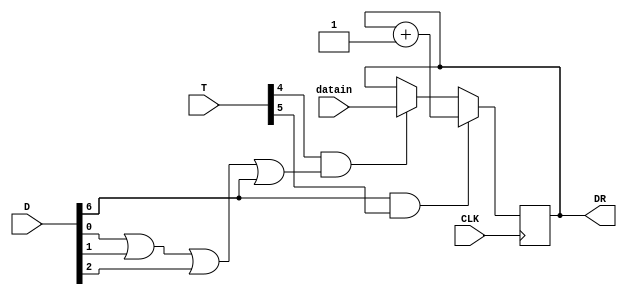
`timescale 1ns / 1ps
//////////////////////////////////////////////////////////////////////////////////
// Company: 
// Engineer: 
// 
// Design Name: 
// Module Name: Data_Regester
// Project Name: 
// Target Devices: 
// Tool Versions: 
// Description: 
// 
// Dependencies: 
// 
// Revision:
// Revision 0.01 - File Created
// Additional Comments:
// 
//////////////////////////////////////////////////////////////////////////////////


module Data_Regester(
    input CLK,
    input  [7:0]D ,
    input  [7:0] T,
    input [7:0] datain,
    output  reg [7:0] DR);
     wire LD;
     wire INR;
///    memory Y2 (.dataout(datain));   
 ///  operation_selecction q6(.D(D));
 ///  Timer q7 (.T(T));  
      
    assign LD =T[4] &&(D[0]||D[1]||D[2]||D[6]);
    assign INR = D[6] && T[5];
    
    initial DR <=0;

always @(posedge CLK) begin

         if(LD) begin
             DR <= datain;
         end
         
	     if(INR) begin
			DR<= DR + 1;
		 end
	end    
endmodule